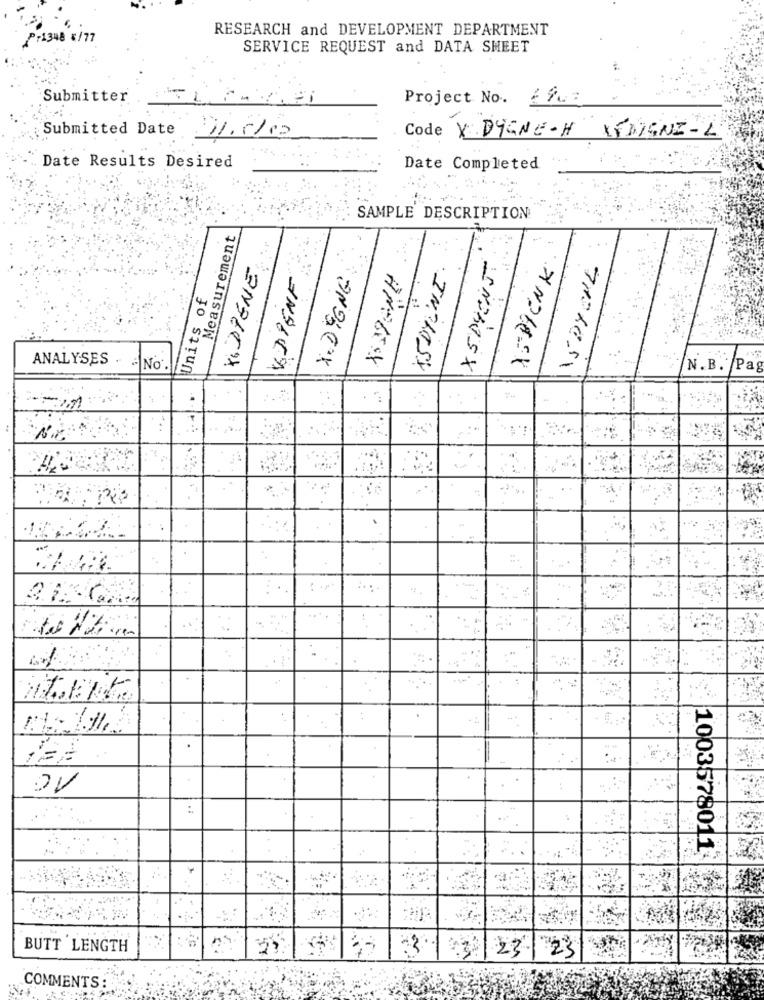
RESEARCH and DEVELOPMENT DEPARTMENT
P-1348 8/77
SERVICE REQUEST and DATA SHEET
Submitter
Project No. 6 9.7
Submitted Date DI.C/c
Code X DYGNE-H XIDIGNI-L
Date Results Desired
Date Completed
SAMPLE DESCRIPTION
Measurement
XS DIENST
KIDPENE
X. DEGNG
Units of
ANALYSES
INCLOSX
-
No.
N. B. Pag
-
nIkke
-
-
0V
:
1003578011
BUTT LENGTH
231
23
COMMENTS: